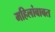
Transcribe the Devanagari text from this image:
महिलांबाबत